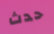
حدث